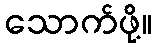
သောက်ဖို့။